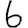
Digit: 6